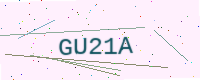
Text: GU21A